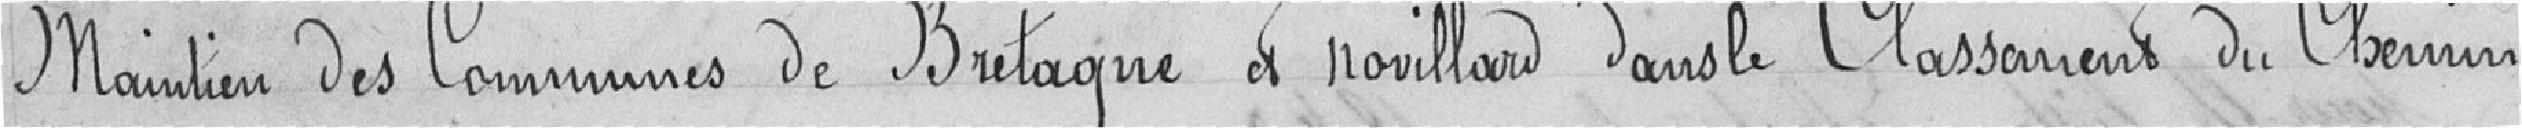
Maintien des Communes de Bretagne et Novillard dans le Classement du Chemin